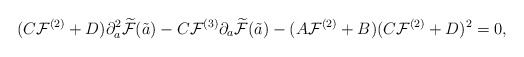
\begin{align*}(C{\cal F}^{(2)}+D)\partial_a^2 \widetilde{\cal F}(\tilde a)-C{\cal F}^{(3)}\partial_a \widetilde{\cal F}(\tilde a)-(A{\cal F}^{(2)}+B)(C{\cal F}^{(2)}+D)^2=0,\end{align*}